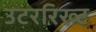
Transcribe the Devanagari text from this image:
उटररिख्ट